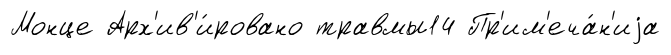
Монце Арх'ив'и́ровано травмы14 Пр'им'еча́н'иjа